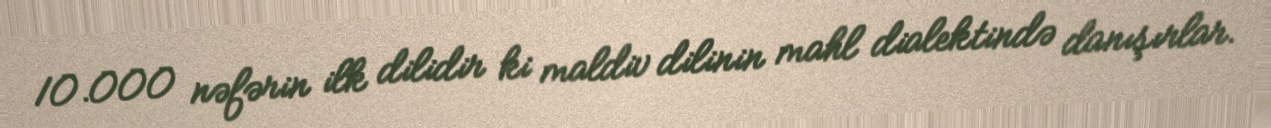
10.000 nəfərin ilk dilidir ki maldiv dilinin mahl dialektində danışırlar.